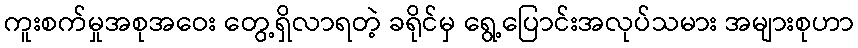
ကူးစက်မှုအစုအဝေး တွေ့ရှိလာရတဲ့ ခရိုင်မှ ရွေ့ပြောင်းအလုပ်သမား အများစုဟာ